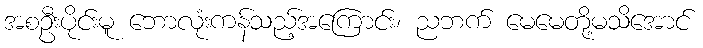
အစဦးပိုင်းမူ ဘောလုံးကန်သည့်အကြောင်း၊ ညဘက် မေမေတို့မသိအောင်